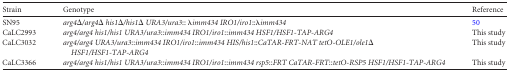
<table><thead><tr><td><b>Strain</b></td><td><b>Genotype</b></td><td><b>Reference</b></td></tr></thead><tbody><tr><td>SN95</td><td><i>arg4</i>Δ<i>/arg4</i>Δ <i>his1</i>Δ<i>/his1</i>Δ <i>URA3/ura3</i>:: λ<i>imm434 IRO1/iro1</i>::λ<i>imm434</i></td><td>50</td></tr><tr><td>CaLC2993</td><td><i>arg4/arg4 his1/his1 URA3/ura3</i>::<i>imm434 IRO1/iro1</i>::<i>imm434 HSF1/HSF1-TAP-ARG4</i></td><td>This study</td></tr><tr><td>CaLC3032</td><td><i>arg4/arg4 URA3/ura3</i>::<i>imm434 IRO1/iro1</i>::<i>imm434 HIS/his1</i>::<i>CaTAR-FRT-NAT tetO-OLE1/ole1</i>Δ <i>HSF1/HSF1-TAP-ARG4</i></td><td>This study</td></tr><tr><td>CaLC3366</td><td><i>arg4/arg4 his1/his1 URA3/ura3</i>::<i>imm434 IRO1/iro1</i>::<i>imm434 rsp5</i>::<i>FRT CaTAR-FRT</i>::<i>tetO-RSP5 HSF1/HSF1-TAP-ARG4</i></td><td>This study</td></tr></tbody></table>